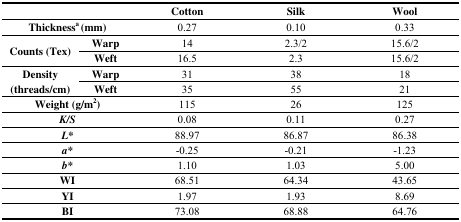
<table><thead><tr><td colspan="2"></td><td><b>Cotton</b></td><td><b>Silk</b></td><td><b>Wool</b></td></tr></thead><tbody><tr><td colspan="2"><b>Thickness<sup>a</sup> (mm)</b></td><td>0.27</td><td>0.10</td><td>0.33</td></tr><tr><td rowspan="2"><b>Counts (Tex)</b></td><td><b>Warp</b></td><td>14</td><td>2.3/2</td><td>15.6/2</td></tr><tr><td><b>Weft</b></td><td>16.5</td><td>2.3</td><td>15.6/2</td></tr><tr><td rowspan="2"><b>Density (thread</b><b>s/cm)</b></td><td><b>Warp</b></td><td>31</td><td>38</td><td>18</td></tr><tr><td><b>Weft</b></td><td>35</td><td>55</td><td>21</td></tr><tr><td colspan="2"><b>Weight (g/m<sup>2</sup>)</b></td><td>115</td><td>26</td><td>125</td></tr><tr><td colspan="2"><b><i>K/S</i></b></td><td>0.08</td><td>0.11</td><td>0.27</td></tr><tr><td colspan="2"><b><i>L*</i></b></td><td>88.97</td><td>86.87</td><td>86.38</td></tr><tr><td colspan="2"><b><i>a*</i></b></td><td>-0.25</td><td>-0.21</td><td>-1.23</td></tr><tr><td colspan="2"><b><i>b*</i></b></td><td>1.10</td><td>1.03</td><td>5.00</td></tr><tr><td colspan="2"><b>WI</b></td><td>68.51</td><td>64.34</td><td>43.65</td></tr><tr><td colspan="2"><b>YI</b></td><td>1.97</td><td>1.93</td><td>8.69</td></tr><tr><td colspan="2"><b>BI</b></td><td>73.08</td><td>68.88</td><td>64.76</td></tr></tbody></table>